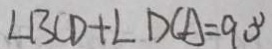
\angle B C D + \angle D C A = 9 0 ^ { \circ }